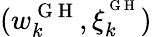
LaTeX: (w_{k}^{\mathrm{~G~H~}},\xi_{k}^{^{\mathrm{~G~H~}}})